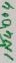
Text: 1N4004